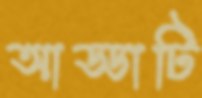
আড্ডাটি